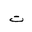
Letter: _ta